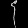
Digit: ၄